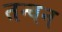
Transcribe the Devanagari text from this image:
तन्वन